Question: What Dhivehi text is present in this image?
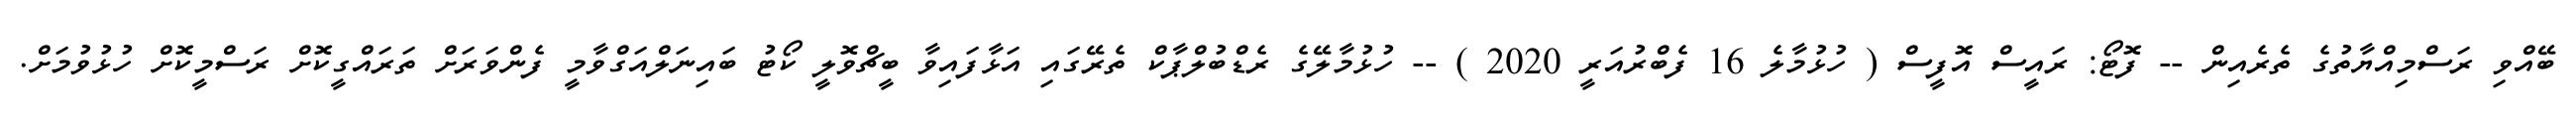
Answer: ބޭއްވި ރަސްމިއްޔާތުގެ ތެރެއިން -- ފޮޓޯ: ރައީސް އޮފީސް ( ހުޅުމާލެ 16 ފެބްރުއަރީ 2020 ) -- ހުޅުމާލޭގެ ރެޑްބުލްޕާކް ތެރޭގައި އަޅާފައިވާ ބީޗްވޮލީ ކޯޓު ބައިނަލްއަގްވާމީ ފެންވަރަށް ތަރައްގީކޮށް ރަސްމީކޮށް ހުޅުވުމަށް.